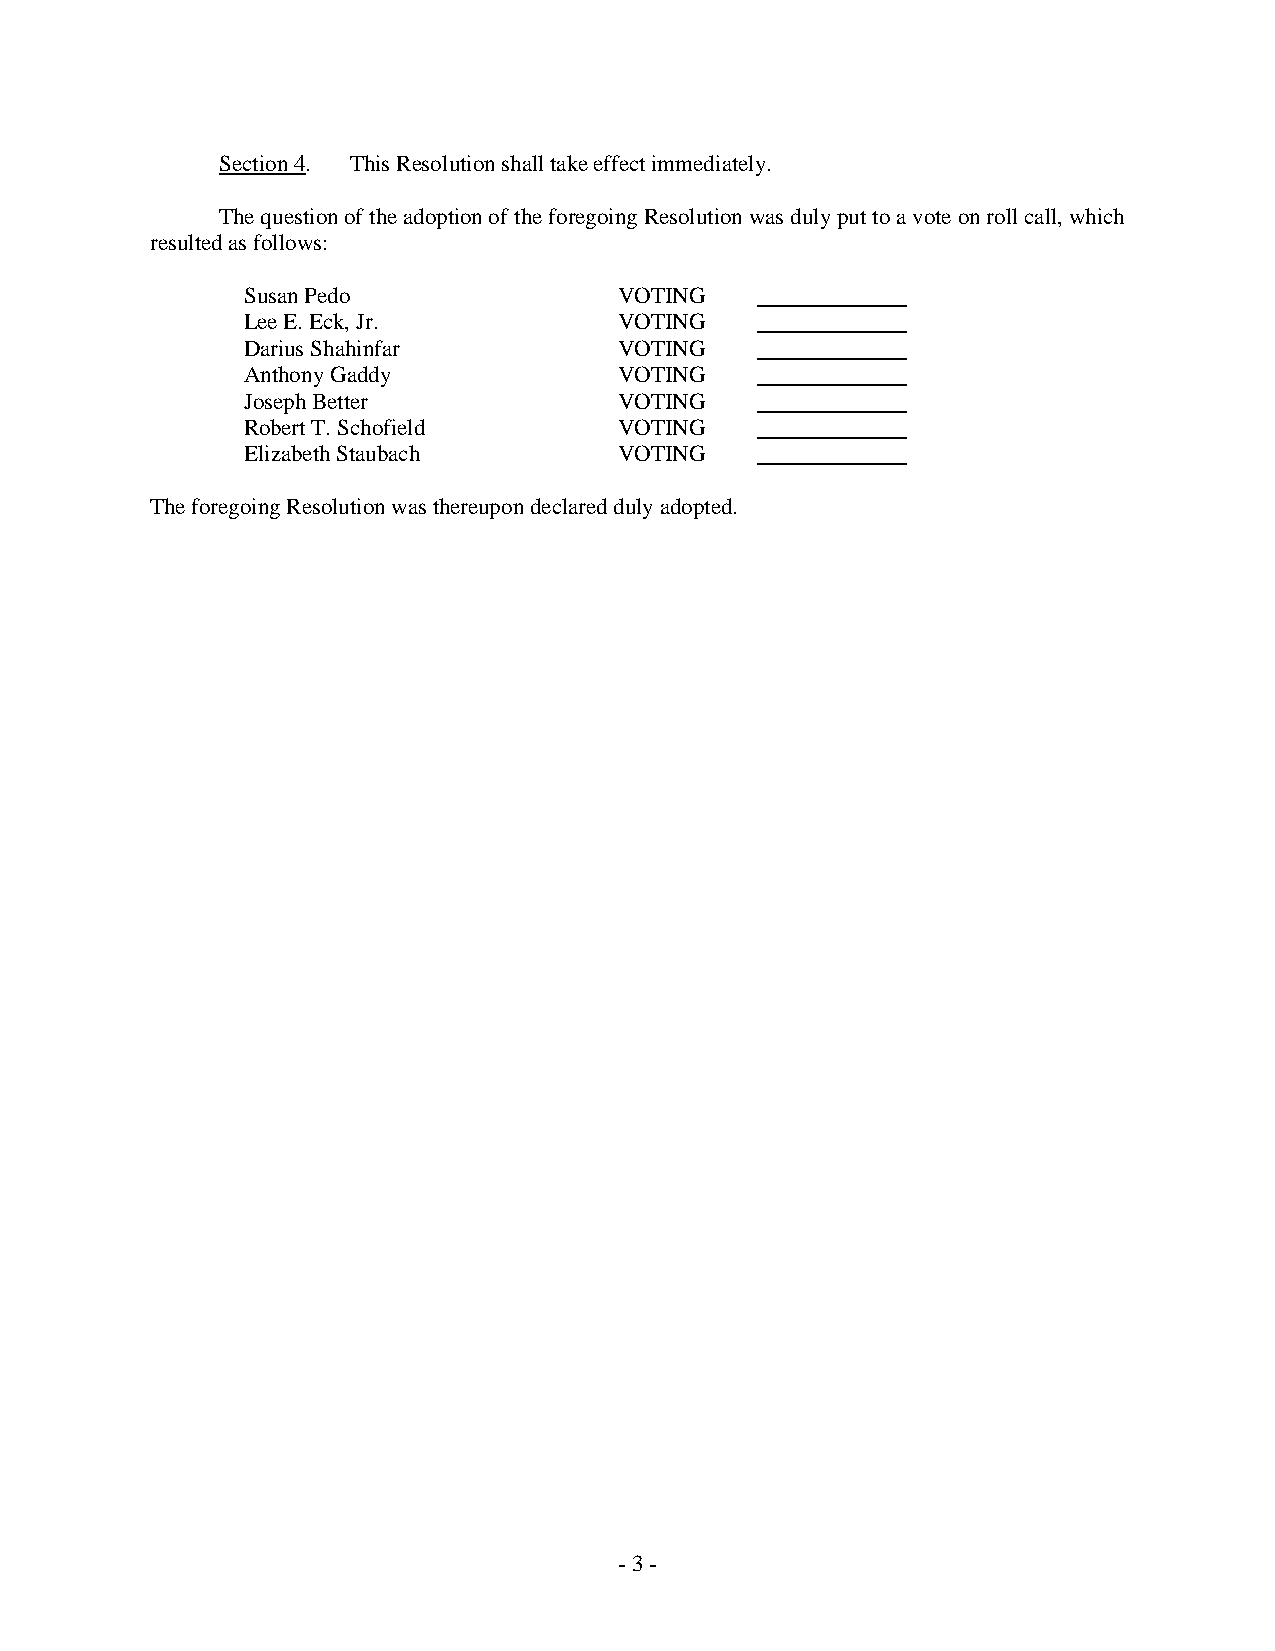
Section 4. This Resolution shall take effect immediately.
 The question of the adoption of the foregoing Resolution was duly put to a vote on roll call, which
 resulted as follows:
 Susan Pedo               VOTING
 Lee E. Eck, Jr.          VOTING
 Darius Shahinfar         VOTING
 Anthony Gaddy            VOTING
 Joseph Better            VOTING
 Robert T. Schofield      VOTING
 Elizabeth Staubach       VOTING
 The foregoing Resolution was thereupon declared duly adopted.
 - 3 -